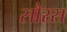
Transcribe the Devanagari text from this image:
सौरस